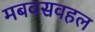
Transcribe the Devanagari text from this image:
मबवसवहल